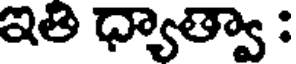
ఇతి ధ్యాత్వా :